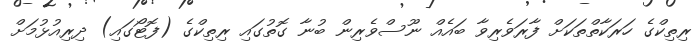
ރިތިކްގެ ހަރަކާތްތަކަށް ފާރަވެރިވާ ބައެއް ނޫސްވެރިން ބުނާ ގޮތުގައި ރިތިކްގެ (ފޮޓޯގައި) ދިރިއުޅުމަށް